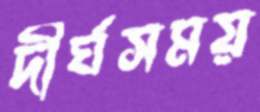
দীর্ঘসময়